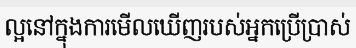
ល្អនៅក្នុងការមើលឃើញរបស់អ្នកប្រើប្រាស់